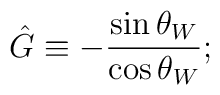
\hat G \equiv - \frac {\sin \theta_W} {\cos \theta_W};